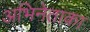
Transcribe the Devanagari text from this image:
अभिनेताका